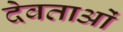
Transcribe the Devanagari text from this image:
देवताओं